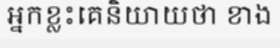
អ្នកខ្លះគេនិយាយថា ខាង